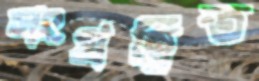
সংগ্রন্থিত